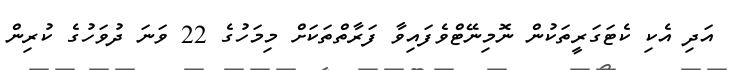
އަދި އެކި ކެޓަގަރީތަކުން ނޮމިނޭޓްވެފައިވާ ފަރާތްތަކަށް މިމަހުގެ 22 ވަނަ ދުވަހުގެ ކުރިން